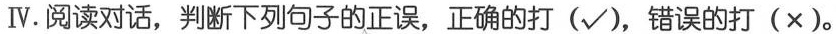
Ⅳ.阅读对话,判断下列句子的正误,正确的打(√),错误的打(×).